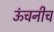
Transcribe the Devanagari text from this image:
ऊंचनीच